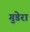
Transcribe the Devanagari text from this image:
गुडेरा